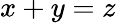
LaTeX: x+y=z